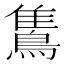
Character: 𪂣